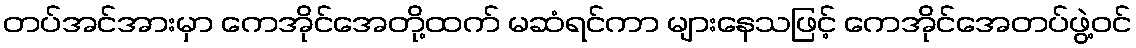
တပ်အင်အားမှာ ကေအိုင်အေတို့ထက် မဆံရင်ကာ များနေသဖြင့် ကေအိုင်အေတပ်ဖွဲ့ဝင်